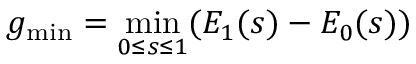
g _ { \mathrm { m i n } } = \operatorname* { m i n } _ { 0 \leq s \leq 1 } ( E _ { 1 } ( s ) - E _ { 0 } ( s ) )